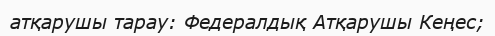
атқарушы тарау: Федералдық Атқарушы Кеңес;